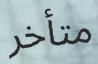
متأخر